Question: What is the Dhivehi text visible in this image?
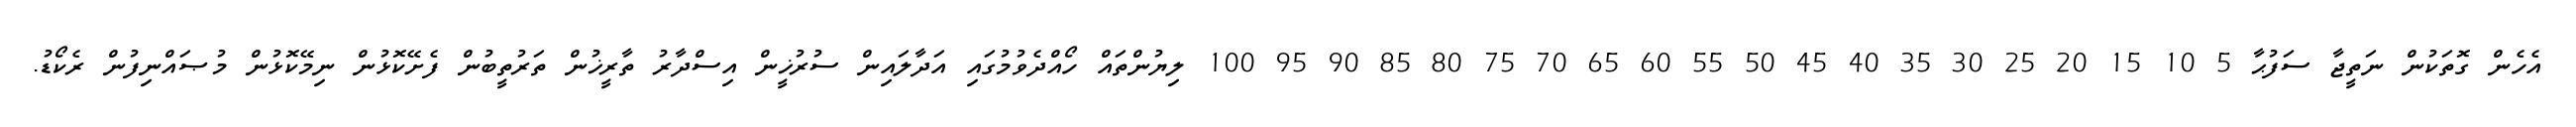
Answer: އެހެން ގޮތަކުން ނަތީޖާ ސަފުޙާ 5 10 15 20 25 30 35 40 45 50 55 60 65 70 75 80 85 90 95 100 ލިޔުންތައް ހޯއްދެވުމުގައި އަދާލައިން ސުރުޚީން އިސްދާރު ތާރީޚުން ތަރުތީބުން ފެށޭކޮޅުން ނިމޭކޮޅުން މުޞައްނިފުން ރެކޯޑު.